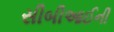
સીબીઆઈની